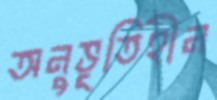
অনুভূতিহীন